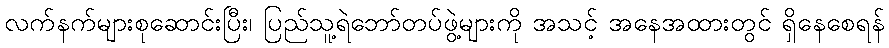
လက်နက်များစုဆောင်းပြီး၊ ပြည်သူ့ရဲဘော်တပ်ဖွဲ့များကို အသင့် အနေအထားတွင် ရှိနေစေရန်